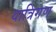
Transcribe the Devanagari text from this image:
यात्रिगण